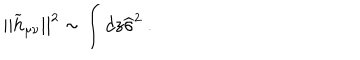
| | { \widetilde h } _ { \mu \nu } | | ^ { 2 } \sim \int d z { \widehat \sigma } ^ { 2 } ~ .